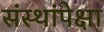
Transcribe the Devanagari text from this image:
संस्थांपेक्षा